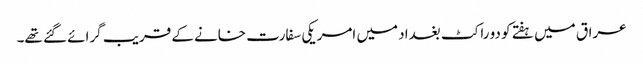
عراق میں ہفتے کو دو راکٹ بغداد میں امریکی سفارت خانے کے قریب گرائے گئے تھے۔